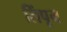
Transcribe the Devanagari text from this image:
लिंपून